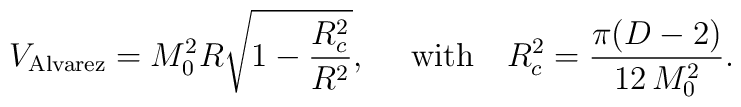
V_{\rm Alvarez}=M_0^2 R \sqrt{1-\frac{R_c^2}{R^2}},~~~~{\rm with}~~~R_c^2=\frac{\pi(D-2)}{12\,M_0^2}.